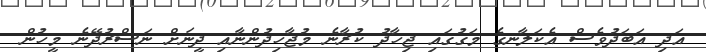
އަދި އަބަދުވެސް އެކަލާނގެ މަގުގައި ޖިހާދު ކުރާނެ މުޖާހިދުންނާއި ދީނަށް ނަސްރުދޭނެ މީހުން